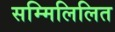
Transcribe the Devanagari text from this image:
सम्मिलिलित